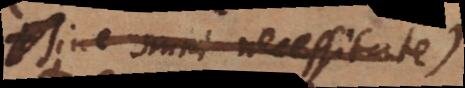
sine omni necessitate)